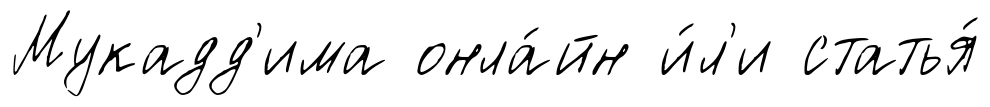
Мукадд'има онла́йн и́л'и статья́